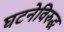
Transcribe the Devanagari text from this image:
घटनेविरुद्ध